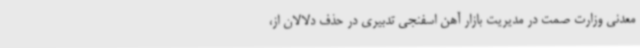
معدنی وزارت صمت در مدیریت بازار آهن اسفنجی تدبیری در حذف دلالان از،